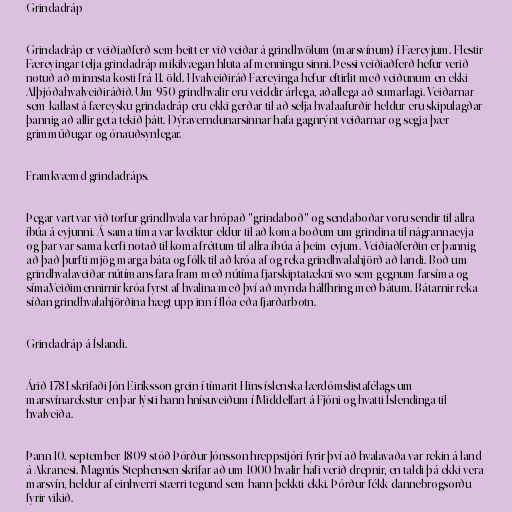
Grindadráp

Grindadráp er veiðiaðferð sem beitt er við veiðar á grindhvölum (marsvínum) í Færeyjum. Flestir
Færeyingar telja grindadráp mikilvægan hluta af menningu sinni. Þessi veiðiaðferð hefur verið
notuð að minnsta kosti frá 11. öld. Hvalveiðiráð Færeyinga hefur eftirlit með veiðunum en ekki
Alþjóðahvalveiðiráðið. Um 950 grindhvalir eru veiddir árlega, aðallega að sumarlagi. Veiðarnar
sem kallast á færeysku grindadráp eru ekki gerðar til að selja hvalaafurðir heldur eru skipulagðar
þannig að allir geta tekið þátt. Dýraverndunarsinnar hafa gagnrýnt veiðarnar og segja þær
grimmúðugar og ónauðsynlegar.

Framkvæmd grindadráps.

Þegar vart var við torfur grindhvala var hrópað "grindaboð" og sendaboðar voru sendir til allra
íbúa á eyjunni. Á sama tíma var kveiktur eldur til að koma boðum um grindina til nágrannaeyja
og þar var sama kerfi notað til koma fréttum til allra íbúa á þeim eyjum. Veiðiaðferðin er þannig
að það þurfti mjög marga báta og fólk til að króa af og reka grindhvalahjörð að landi. Boð um
grindhvalaveiðar nútímans fara fram með nútíma fjarskiptatækni svo sem gegnum farsíma og
síma.Veiðimennirnir króa fyrst af hvalina með því að mynda hálfhring með bátum. Bátarnir reka
síðan grindhvalahjörðina hægt upp inn í flóa eða fjarðarbotn.

Grindadráp á Íslandi.

Árið 1781 skrifaði Jón Eiríksson grein í tímarit Hins íslenska lærdómslistafélags um
marsvínarekstur en þar lýsti hann hnísuveiðum í Middelfart á Fjóni og hvatti Íslendinga til
hvalveiða.

Þann 10. september 1809 stóð Þórður Jónsson hreppstjóri fyrir því að hvalavaða var rekin á land
á Akranesi. Magnús Stephensen skrifar að um 1000 hvalir hafi verið drepnir, en taldi þá ekki vera
marsvín, heldur af einhverri stærri tegund sem hann þekkti ekki. Þórður fékk dannebrogsorðu
fyrir vikið.